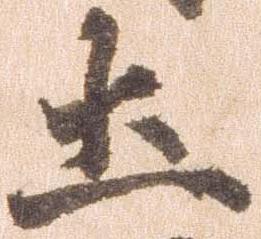
土